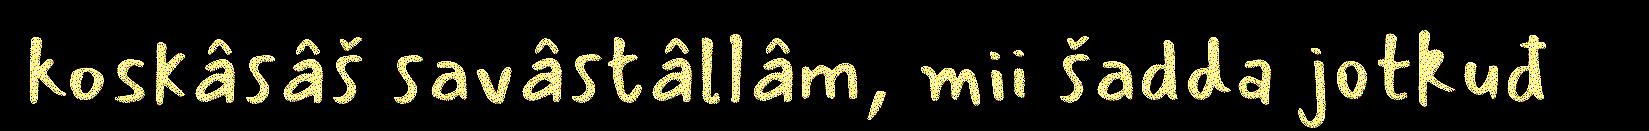
koskâsâš savâstâllâm, mii šadda jotkuđ